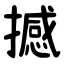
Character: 撼